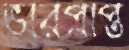
ভারপ্রাপ্ত